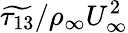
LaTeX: \widetilde{\tau_{13}}/\rho_{\infty}U_{\infty}^{2}